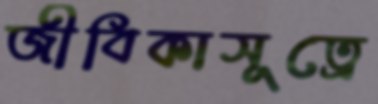
জীবিকাসূত্রে